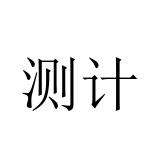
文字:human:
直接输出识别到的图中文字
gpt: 测计